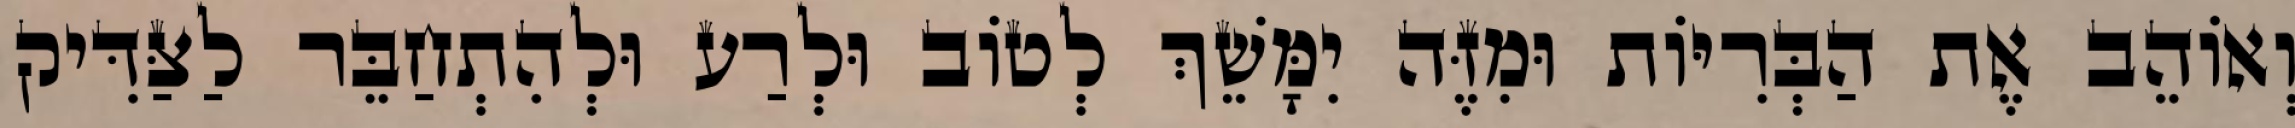
וְאוֹהֵב אֶת הַבְּרִיּוֹת וּמִזֶּה יִמָּשֵׁךְ לְטוֹב וּלְרַע וּלְהִתְחַבֵּר לַצַּדִּיק